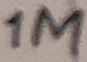
Text: 1M